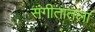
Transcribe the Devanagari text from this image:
संगीतातला